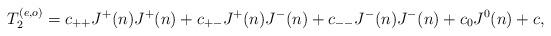
LaTeX: \begin{align*}T_2^{(e,o)} = c_{++} J^+(n) J^+(n) + c_{+-} J^+(n) J^-(n) + c_{--} J^-(n) J^-(n) + c_0 J^0(n) + c ,\end{align*}